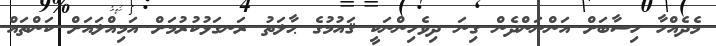
މެދެއްހާ ހިސާބަށް އަންނަންދެން ގިނަ ދިވެހިންނަކީ ޤައުމުގެ ޙާލަތު ރަނގަޅުކުރުމަށް އަމިއްލައަށް ކަންތައް